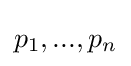
p_{1},...,p_{n}